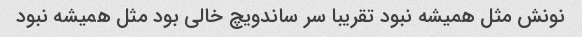
نونش مثل همیشه نبود تقریبا سر ساندویچ خالی بود مثل همیشه نبود